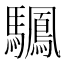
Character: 𫘙